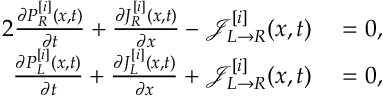
\begin{array} { r l } { { 2 } \frac { \partial P _ { R } ^ { [ i ] } ( x , t ) } { \partial t } + \frac { \partial J _ { R } ^ { [ i ] } ( x , t ) } { \partial x } - \mathcal { J } _ { L \rightarrow R } ^ { [ i ] } ( x , t ) } & { { } = 0 , } \\ { \frac { \partial P _ { L } ^ { [ i ] } ( x , t ) } { \partial t } + \frac { \partial J _ { L } ^ { [ i ] } ( x , t ) } { \partial x } + \mathcal { J } _ { L \rightarrow R } ^ { [ i ] } ( x , t ) } & { { } = 0 , } \end{array}